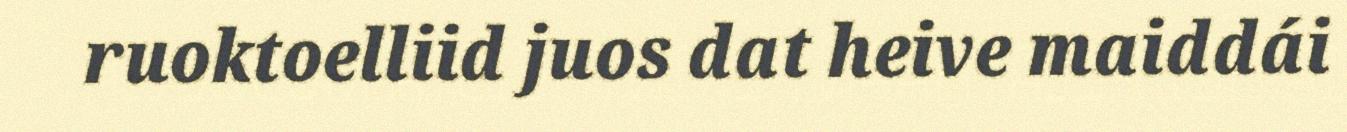
ruoktoelliid juos dat heive maiddái